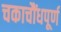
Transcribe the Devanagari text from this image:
चकाचौंधपूर्ण